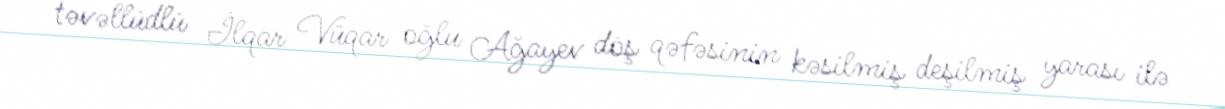
təvəllüdlü İlqar Vüqar oğlu Ağayev döş qəfəsinin kəsilmiş deşilmiş yarası ilə